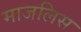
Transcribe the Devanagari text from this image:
माजलिस